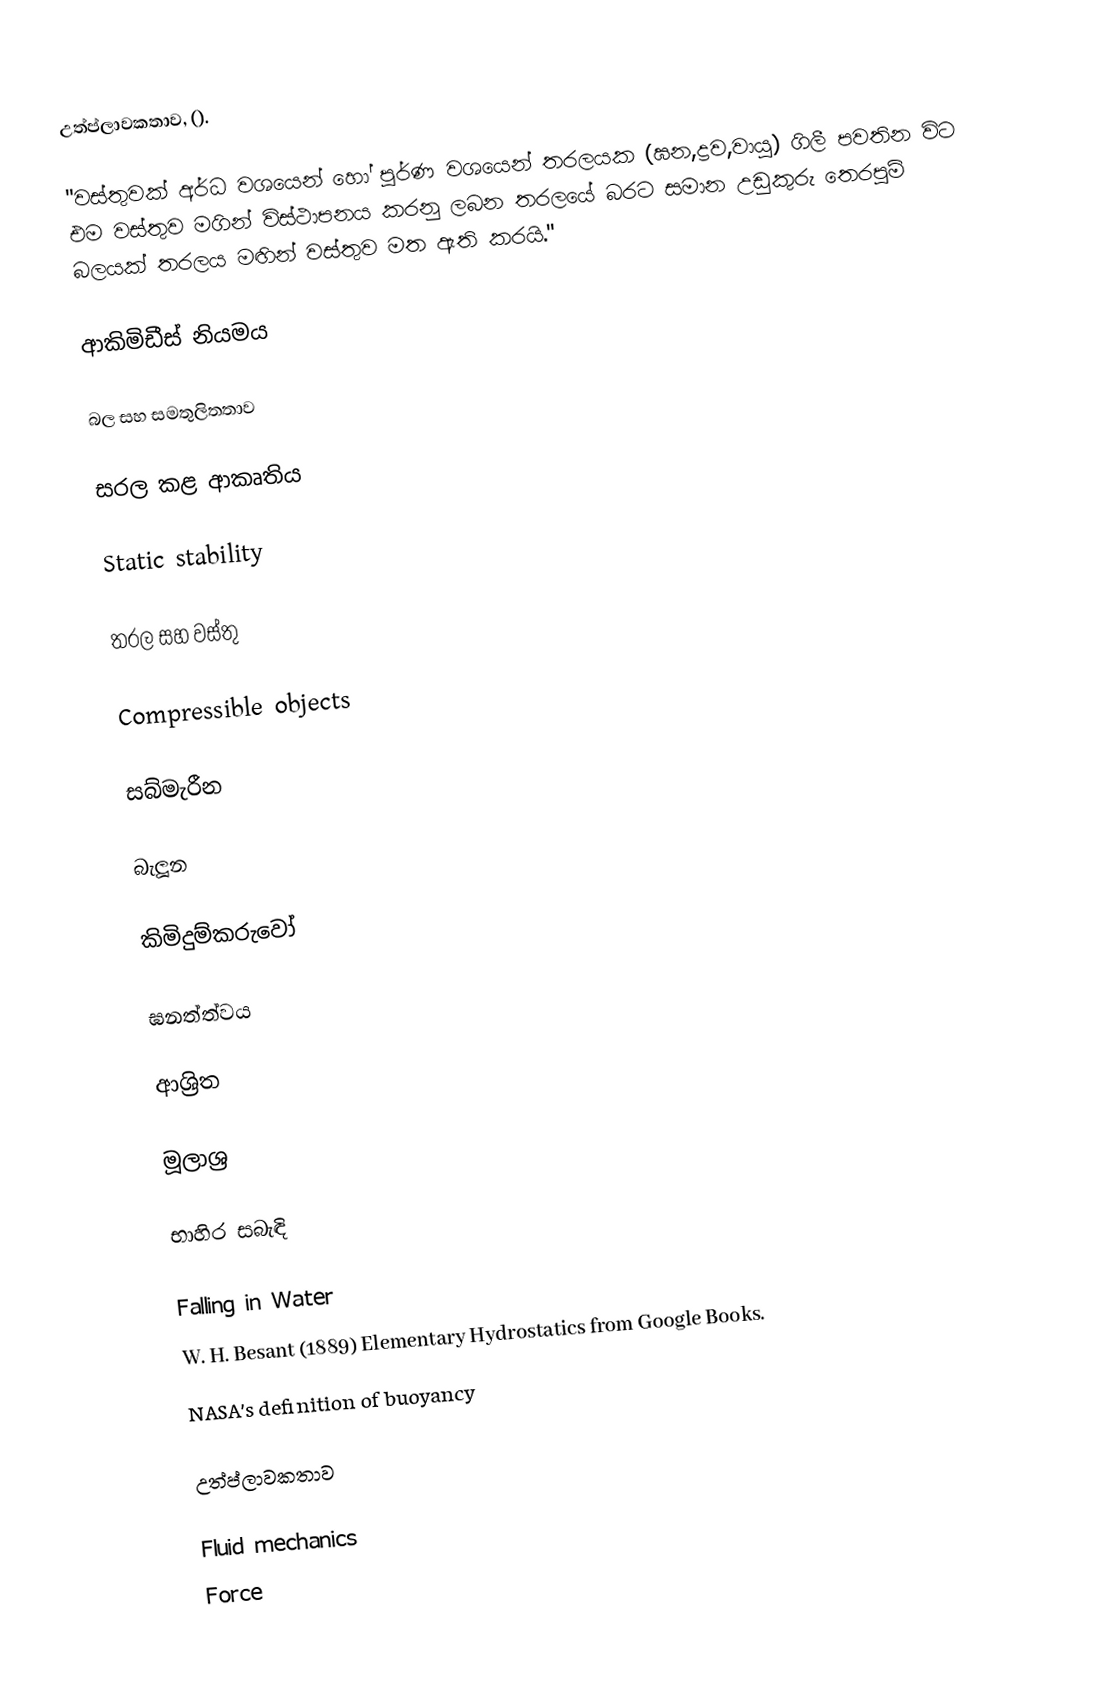
උත්ප්ලාවකතාව, ().

"වස්තුවක් අර්ධ වශයෙන් හෝ පූර්ණ වශයෙන් තරලයක (ඝන,ද්‍රව,වායු) ගිලී පවතින විට එම වස්තුව මගින් විස්ථාපනය කරනු ලබන තරලයේ බරට සමාන උඩුකුරු තෙරපුම් බලයක් තරලය මඟින් වස්තුව මත ඇති කරයි."

ආකිමිඩීස් නියමය

බල සහ සමතුලිතතාව

සරල කළ ආකෘතිය

Static stability

තරල සහ වස්තු

Compressible objects

සබ්මැරීන

බැලූන

කිමිදුම්කරුවෝ

ඝනත්ත්වය

ආශ්‍රිත

මූලාශ්‍ර

භාහිර සබැඳි

Falling in Water
 W. H. Besant (1889) Elementary Hydrostatics from Google Books.
 NASA's definition of buoyancy

උත්ප්ලාවකතාව

Fluid mechanics
Force